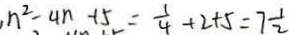
n ^ { 2 } - 4 n + 5 = \frac { 1 } { 4 } + 2 + 5 = 7 \frac { 1 } { 2 }